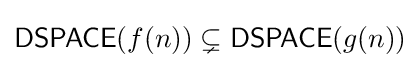
{\mathsf {DSPACE}}(f(n))\subsetneq {\mathsf {DSPACE}}(g(n))